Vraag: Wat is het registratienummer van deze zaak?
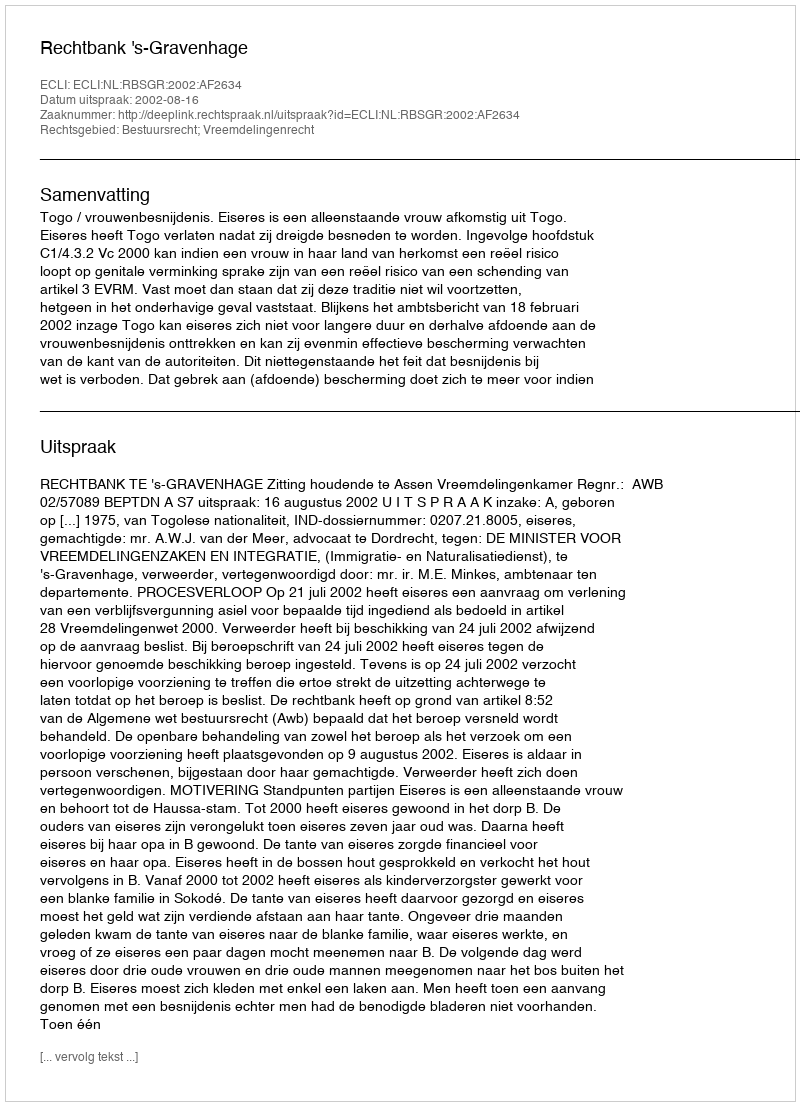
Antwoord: http://deeplink.rechtspraak.nl/uitspraak?id=ECLI:NL:RBSGR:2002:AF2634